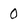
Character: 0